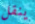
ينقل